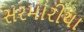
સરમારીયા